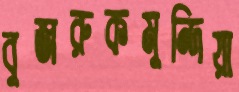
বুজরুকমুন্দিয়া